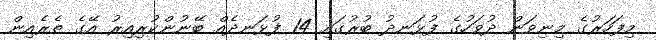
މިފަހަރުގެ މިނިވަން ދުވަހުގެ ފުޅަނދު ބުރުގައި 14 ފުޅަނދެއް ބޭނުންކުރިއިރު އޭގެ ތެރެއިން